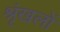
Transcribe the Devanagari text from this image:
श्रृंखलों